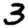
Digit: 3